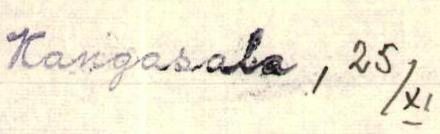
Kangasala , 25/XI